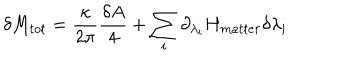
LaTeX: \delta M _ { t o t } = { \frac { \kappa } { 2 \pi } } { \frac { \delta A } { 4 } } + \sum _ { i } \partial _ { \lambda _ { i } } H _ { m a t t e r } \delta \lambda _ { i }